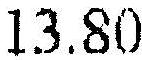
13.80